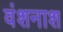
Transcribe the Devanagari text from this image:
वंशनाश